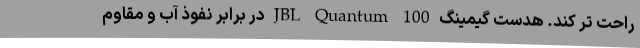
راحت تر ‌کند. هدست گیمینگ JBL Quantum 100 در برابر نفوذ آب و مقاوم